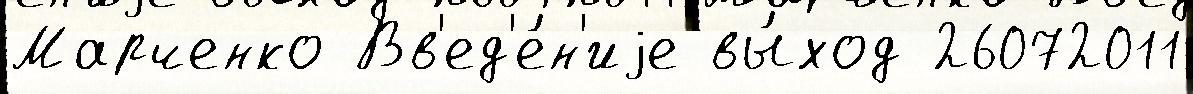
Марченко Вв'ед'е́н'иjе вы́ход 26072011